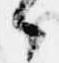
々